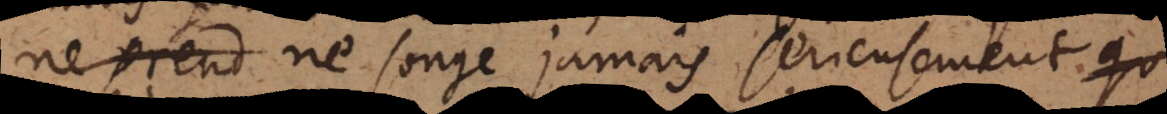
qu’on ne songe jamais serieusement qu